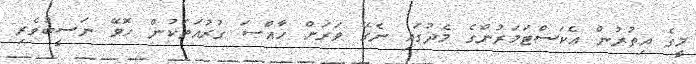
މީގެ އިތުރުން އެކަސްޓަމަރުންގެ މެދުގައި ނެގޭ ވަރަށް ހާއްސަ ގުރުއަތަކުން ހޮވޭ ނަސީބުވެރި